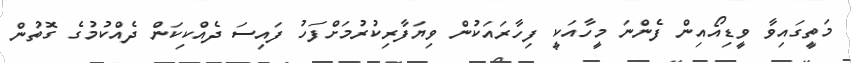
މަތީގައިވާ ވީޑިއޯއިން ފެންނަ މީހާއަކީ ފިހާރައަކުން ވިޔަފާރިކުރުމަށްފަހު ފައިސަ ދެއްކިކަން ދެއްކުމުގެ ގޮތުން